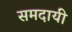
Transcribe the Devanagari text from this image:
समदायी